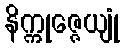
နိက္ကုဇ္ဇေယျုံ